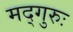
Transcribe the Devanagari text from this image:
मद्गुरुः